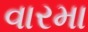
વારમા